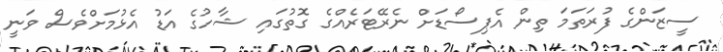
ސީޒަންގެ ފުރަތަމަ ތިން އެޕިސޯޑަށް ނެރޭޓަރެއްގެ ގޮތުގައި ޝާހުގެ އަޑު އެޅުމަށްވެސް ވަނީ